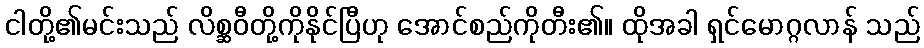
ငါတို့၏မင်းသည် လိစ္ဆဝီတို့ကိုနိုင်ပြီဟု အောင်စည်ကိုတီး၏။ ထိုအခါ ရှင်မောဂ္ဂလာန် သည်